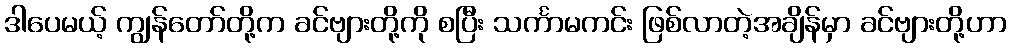
ဒါပေမယ့် ကျွန်တော်တို့က ခင်ဗျားတို့ကို စပြီး သင်္ကာမကင်း ဖြစ်လာတဲ့အချိန်မှာ ခင်ဗျားတို့ဟာ